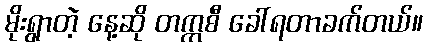
မိုးရွာတဲ့ နေ့ဆို တက္ကစီ ခေါ်ရတာခက်တယ်။